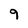
Character: 9